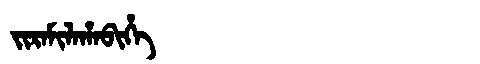
Manchu: ᠵᡳᡵᠠᠮᡳᠯᠠᡥᠠᠪᡳᡥᡝ
Romanization: JIRAMILAHABIHE